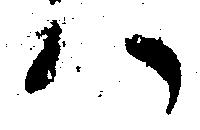
ハ